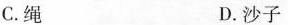
C.绳 D.沙子